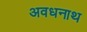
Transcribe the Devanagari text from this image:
अवधनाथ